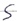
Text: S